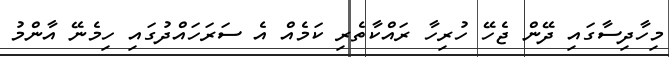
މިހާދިސާގައި ދޭން ޖެހޭ ހުރިހާ ރައްކާތެރި ކަމެއް އެ ސަރަހައްދުގައި ހިމެނޭ އާންމު